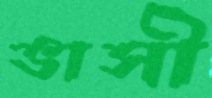
ভাসী